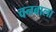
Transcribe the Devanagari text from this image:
वनबाला